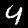
Label: 4